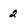
Character: 2